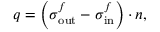
\begin{array} { r } { { \boldsymbol { q } } = \left( { \boldsymbol { \sigma } } _ { \mathrm { o u t } } ^ { f } - { \boldsymbol { \sigma } } _ { \mathrm { i n } } ^ { f } \right) \cdot { \boldsymbol { n } } , } \end{array}